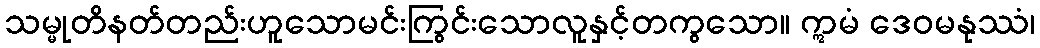
သမ္မုတိနတ်တည်းဟူသောမင်းကြွင်းသောလူနှင့်တကွသော။ ဣမံ ဒေဝမနုဿံ၊